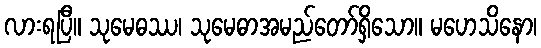
လားရပြီ။ သုမေဓဿ၊ သုမေဓာအမည်တော်ရှိသော။ မဟေသိနော၊